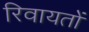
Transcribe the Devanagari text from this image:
रिवायतों